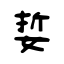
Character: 娎